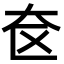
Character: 奁